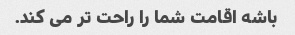
باشه اقامت شما را راحت تر می کند.